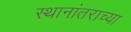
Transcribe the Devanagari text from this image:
स्थानांतराच्या